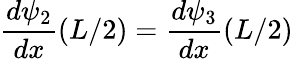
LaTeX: {\frac{d\psi_{2}}{dx}}(L/2)={\frac{d\psi_{3}}{dx}}(L/2)\,